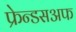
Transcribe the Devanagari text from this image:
फ्रेन्डसअफ